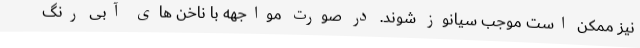
نیز ممکن است موجب سیانوز شوند. در صورت مواجهه با ناخن های آبی رنگ